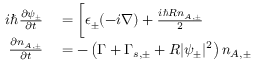
\begin{array} { r l } { i \hbar \frac { \partial \psi _ { \pm } } { \partial t } } & { { } = \bigg [ \epsilon _ { \pm } ( - i \boldsymbol { \nabla } ) + \frac { i \hbar R n _ { A , \pm } } { 2 } } \\ { \frac { \partial n _ { A , \pm } } { \partial t } } & { { } = - \left( \Gamma + \Gamma _ { s , \pm } + R | \psi _ { \pm } | ^ { 2 } \right) n _ { A , \pm } } \end{array}